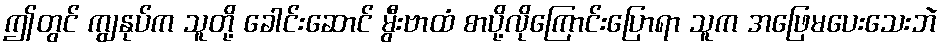
ဤတွင် ကျွနုပ်က သူတို့ ခေါင်းဆောင် မွီးဗာထံ စာပို့လိုကြောင်းပြောရာ သူက အဖြေမပေးသေးဘဲ